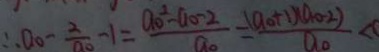
\therefore a _ { 0 } - \frac { 2 } { a _ { 0 } } - 1 = \frac { a _ { 0 } ^ { 2 } - a _ { 0 } - 2 } { a _ { 0 } } = \frac { ( a _ { 0 } + 1 ) ( a _ { 0 } - 2 ) } { a _ { 0 } } <